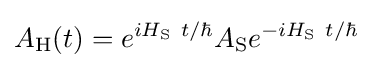
A_{\rm {H}}(t)=e^{iH_{\rm {S}}~t/\hbar }A_{\rm {S}}e^{-iH_{\rm {S}}~t/\hbar }